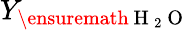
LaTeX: Y_{\ensuremath{\mathrm{~H~}_{2}\mathrm{~O~}}}